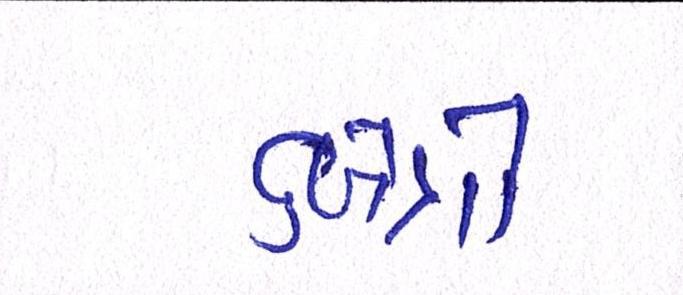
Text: ક્ષેત્રો